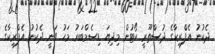
ދެކުނު އެފްރިކާގެ ދުސްތޫރީ ކޯޓުން މިދިޔަ ޑިސެމްބަރު މަހު ވަނީ ދެކުނު އެފްރިކާގެ